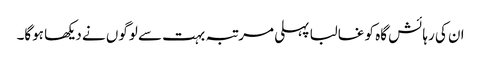
ان کی رہائش گاہ کو غالبا پہلی مرتبہ بہت سے لوگوں نے دیکھا ہوگا۔